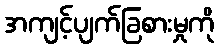
အကျင့်ပျက်ခြစားမှုကို